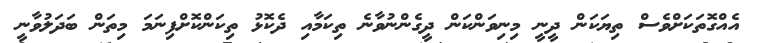
އެއްގޮތަކަށްވެސް ތިޔަކަން ދީނީ މިނިވަންކަން ދީގެންނުވާނެ ތިކަމާއި ދެކޮޅު ތިކަންކޮށްފިނަމަ މިތަން ބަދަލުވާނީ